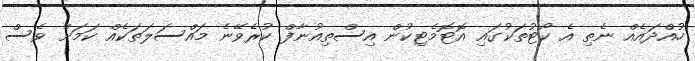
ހުއްދައެއް ނެތި އެ ކޯޓުތަކުގައި އޮޓޮމެޓިކުން އިސްތިއުނާފް ކުރެވޭނެ މައްސަލަތަކެއް ކަމަށް ވެސް